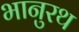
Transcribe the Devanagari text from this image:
भानुरथ